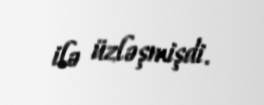
ilə üzləşmişdi.